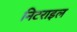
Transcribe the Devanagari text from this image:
निटराइल